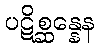
ပဋိစ္ဆန္နေန